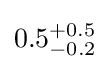
0.5_{-0.2}^{+0.5}